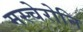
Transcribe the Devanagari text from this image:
मस्चेरोनि